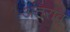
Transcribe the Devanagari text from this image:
अंतराव